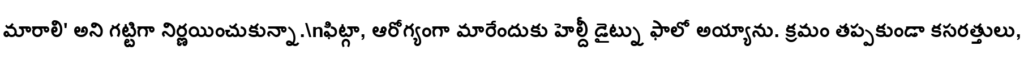
మారాలి' అని గట్టిగా నిర్ణయించుకున్నా.\nఫిట్గా, ఆరోగ్యంగా మారేందుకు హెల్దీ డైట్ను ఫాలో అయ్యాను. క్రమం తప్పకుండా కసరత్తులు,